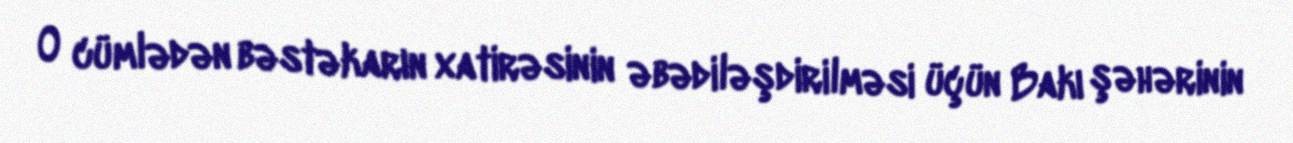
O cümlədən bəstəkarın xatirəsinin əbədiləşdirilməsi üçün Bakı şəhərinin